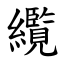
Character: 䌫